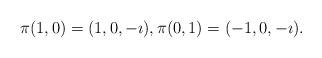
LaTeX: \begin{align*}\pi(1,0)= (1,0,-\imath),\pi(0,1)=(-1,0,-\imath).\end{align*}